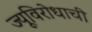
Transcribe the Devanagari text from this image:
ज्यूविरोधाची